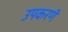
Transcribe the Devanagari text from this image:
उपकरणॆ